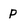
Character: p